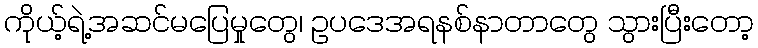
ကိုယ့်ရဲ့အဆင်မပြေမှုတွေ၊ ဥပဒေအရနစ်နာတာတွေ သွားပြီးတော့